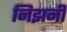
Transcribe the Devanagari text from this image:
निझनी